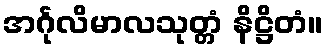
အင်္ဂုလိမာလသုတ္တံ နိဋ္ဌိတံ။